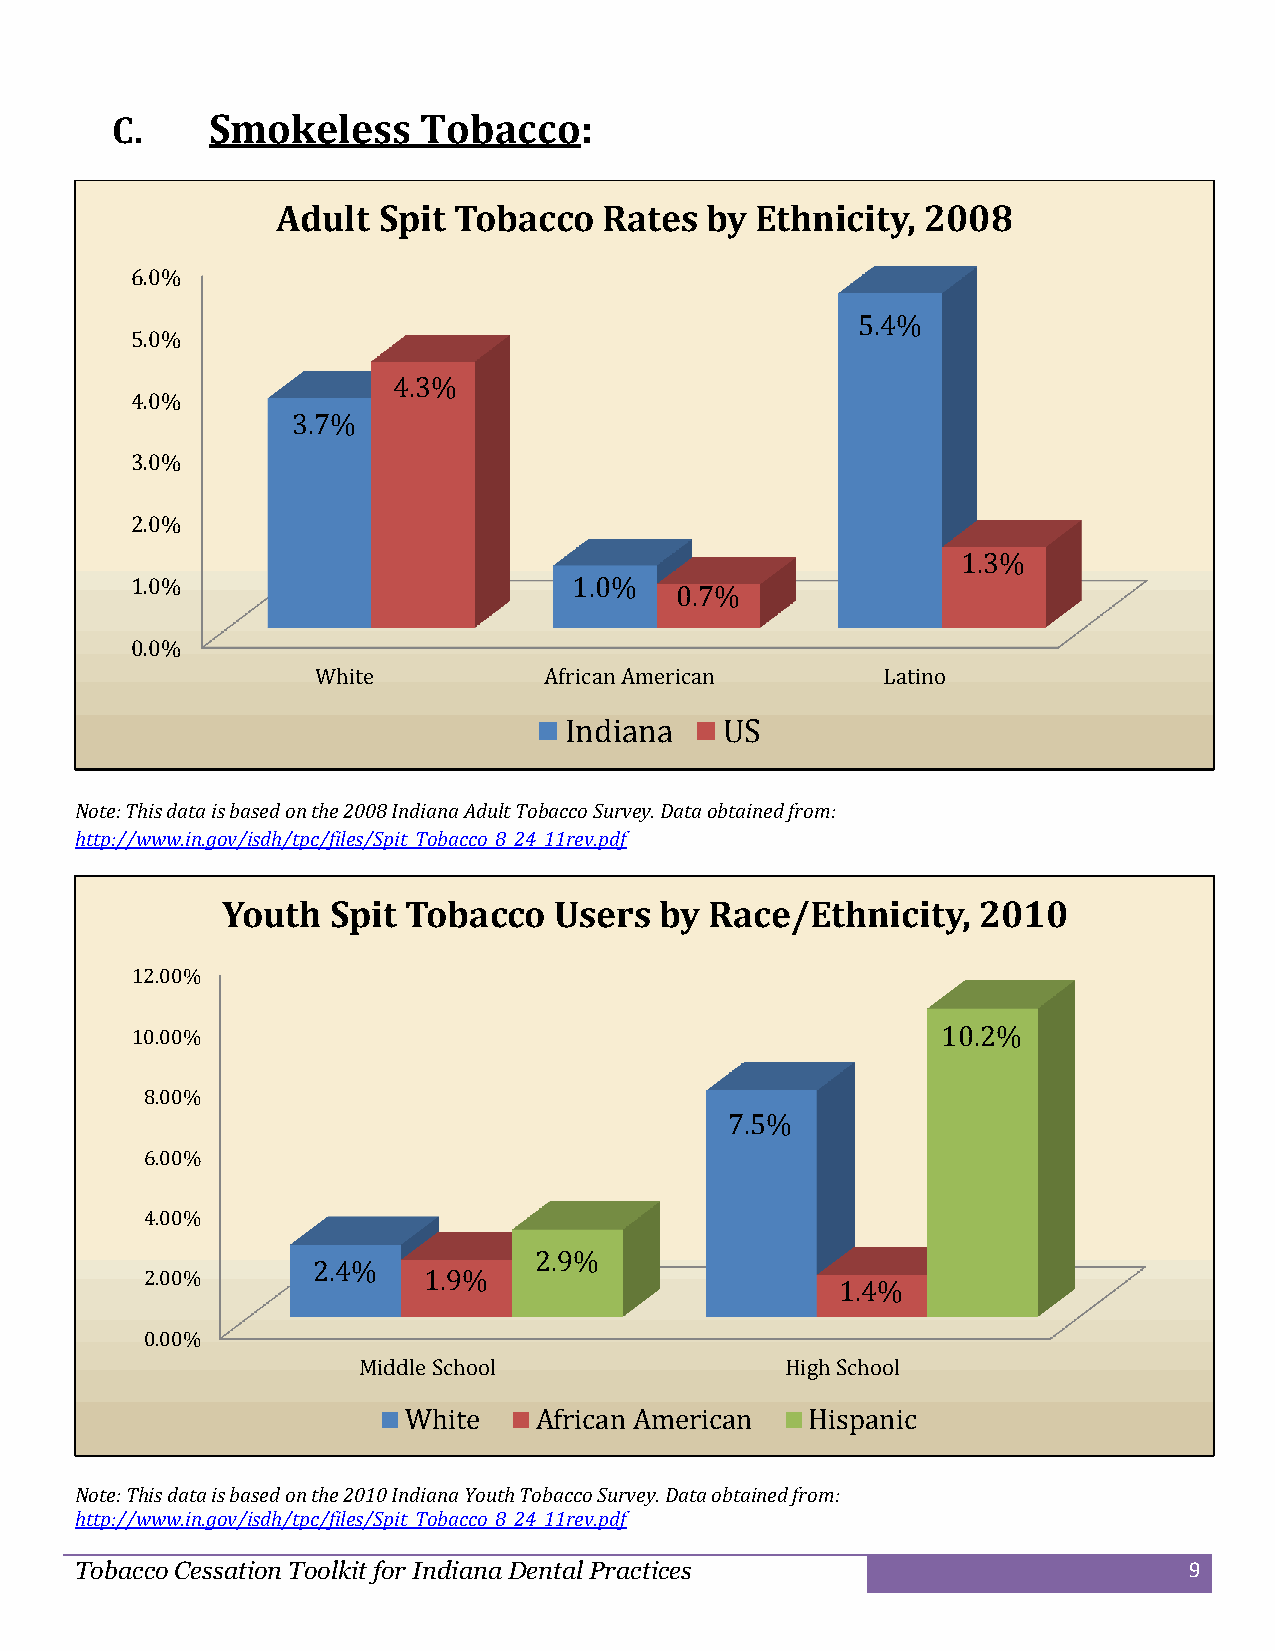
C.     Smokeless     Tobacco:
 Adult  Spit Tobacco   Rates  by Ethnicity, 2008
 6.0%
 5.4%
 5.0%
 4.3%
 4.0%
 3.7%
 3.0%
 2.0%
 1.3%
 1.0%                         1.0%
 0.7%
 0.0%
 White          African American      Latino
 Indiana    US
 Note: This data is based on the 2008 Indiana Adult Tobacco Survey. Data obtained from:
 http://www.in.gov/isdh/tpc/files/Spit_Tobacco_8_24_11rev.pdf
 Youth  Spit Tobacco   Users  by Race/Ethnicity,   2010
 12.00%
 10.00%                                               10.2%
 8.00%
 7.5%
 6.00%
 4.00%
 2.9%
 2.4%
 2.00%             1.9%
 1.4%
 0.00%
 Middle School               High School
 White   African American   Hispanic
 Note: This data is based on the 2010 Indiana Youth Tobacco Survey. Data obtained from:
 http://www.in.gov/isdh/tpc/files/Spit_Tobacco_8_24_11rev.pdf
 Tobacco Cessation Toolkit for Indiana Dental Practices                    9